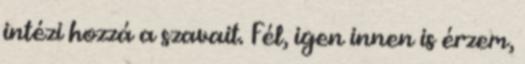
intézi hozzá a szavait. Fél, igen innen is érzem,